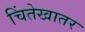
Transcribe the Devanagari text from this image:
चिंतेखातर